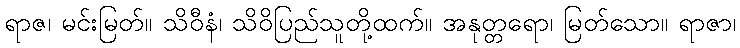
ရာဇ၊ မင်းမြတ်။ သိဝီနံ၊ သိဝိပြည်သူတို့ထက်။ အနုတ္တရော၊ မြတ်သော။ ရာဇာ၊